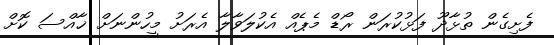
ފެށިގެން ތުޅާދޫ ފަޅުކުރަން ރޯޑް މެޕެއް އެކުލަވާލާ އެރަށު މީހުންނަށް ޚާއްސަ ކޮށް